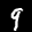
Label: 9